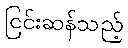
ငြင်းဆန်သည့်